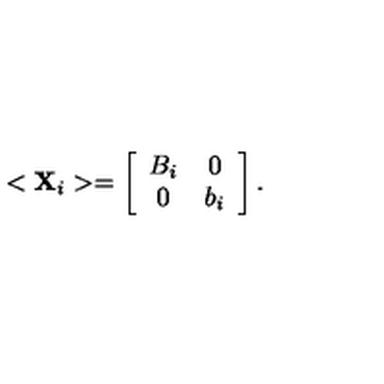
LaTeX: < { \bf X } _ { i } > = \left[ \begin{array} { c c } { B _ { i } } & { 0 } \\ { 0 } & { b _ { i } } \\ \end{array} \right] .